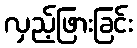
လှည့်ဖြားခြင်း